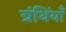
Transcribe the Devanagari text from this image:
ग्रंथिंयाँ